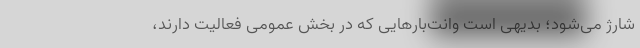
شارژ می‌شود؛ بدیهی است وانت‌بارهایی که در بخش عمومی فعالیت دارند،